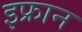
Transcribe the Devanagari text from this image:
इफ्रान